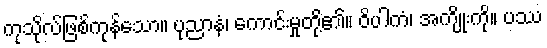
ကုသိုလ်ဖြစ်ကုန်သော။ ပုညာနံ၊ ကောင်းမှုတို့၏။ ဝိပါကံ၊ အကျိုးကို။ ပဿ